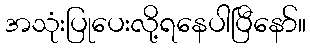
အသုံးပြုပေးလို့ရနေပါပြီနော်။